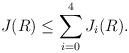
LaTeX: \begin{align*} J(R) \leq \sum_{i=0}^4 J_i(R).\end{align*}